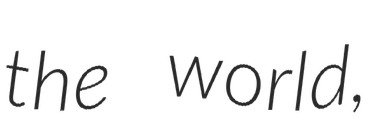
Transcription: the world,